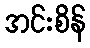
အင်းစိန်